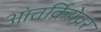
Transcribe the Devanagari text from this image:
आंतर्क्रियेवर